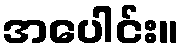
အပေါင်း။